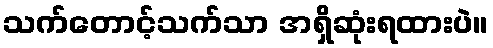
သက်တောင့်သက်သာ အရှိဆုံးရထားပဲ။